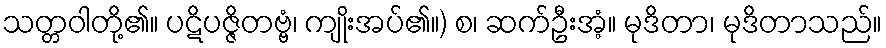
သတ္တဝါတို့၏။ ပဋိပဇ္ဇိတဗ္ဗံ၊ ကျိုးအပ်၏။) စ၊ ဆက်ဦးအံ့။ မုဒိတာ၊ မုဒိတာသည်။